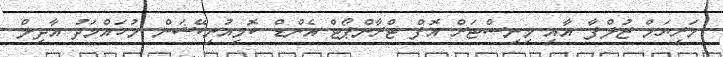
މަރިޔަމް ޒުލްފާ އާއި މިނިސްޓަރް އޮފް ޓްރާންޕޯޓް އެންޑް ކޮމިއުނިކޭޝަން މުހައްމަދު އާދިލް